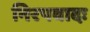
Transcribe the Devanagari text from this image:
निरपवादः